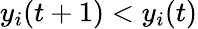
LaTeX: y_{i}(t+1)<y_{i}(t)